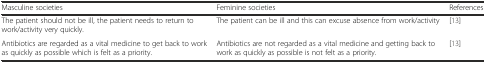
| Masculine societies | Feminine societies | References |
 | --- | --- | --- |
 | The patient should not be ill, the patient needs to return to work/activity very quickly. | The patient can be ill and this can excuse absence from work/activity | [13] |
 | Antibiotics are regarded as a vital medicine to get back to work as quickly as possible which is felt as a priority. | Antibiotics are not regarded as a vital medicine and getting back to work as quickly as possible is not felt as a priority. | [13] |